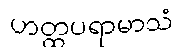
ဟတ္ထပရာမာသံ